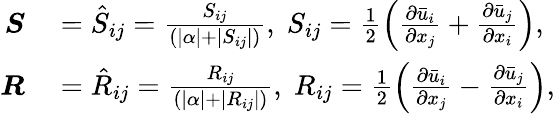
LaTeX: \begin{array}{rl}{\boldsymbol{S}}&{{}=\hat{S}_{ij}=\frac{{S}_{ij}}{(|\alpha|+|S_{ij}|)},\; {S}_{ij}=\frac{1}{2}\left(\frac{\partial\bar{u}_{i}}{\partial x_{j}}+\frac{\partial\bar{u}_{j}}{\partial x_{i}}\right),}\\ {\boldsymbol{R}}&{{}=\hat{R}_{ij}=\frac{{R}_{ij}}{(|\alpha|+|R_{ij}|)},\; {R}_{ij}=\frac{1}{2}\left(\frac{\partial\bar{u}_{i}}{\partial x_{j}}-\frac{\partial\bar{u}_{j}}{\partial x_{i}}\right),}\end{array}